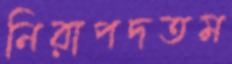
নিরাপদতম